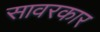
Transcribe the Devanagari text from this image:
सावरकार